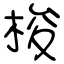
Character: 梭